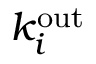
k _ { i } ^ { \mathrm { { \mathrm { o u t } } } }